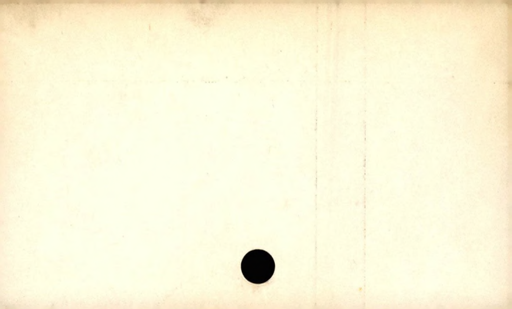
Label: divider